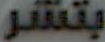
بتشر